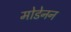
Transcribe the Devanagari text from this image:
मोडेनन